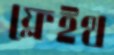
ফ্লেইথ